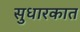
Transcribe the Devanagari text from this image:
सुधारकात